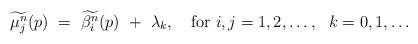
LaTeX: \begin{align*} \widetilde{\mu_j^n}(p)\ =\ \widetilde{\beta_i^n}(p)\ +\ \lambda_k, \ \ \mbox{ for } i,j=1,2,\ldots,\ \ k=0,1, \ldots\end{align*}